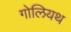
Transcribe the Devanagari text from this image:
गोलियथ